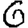
Digit: 6